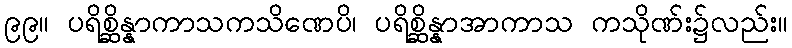
၉၉။ ပရိစ္ဆိန္နာကာသကသိဏေပိ၊ ပရိစ္ဆိန္နာအာကာသ ကသိုဏ်း၌လည်း။